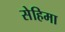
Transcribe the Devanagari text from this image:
सेहिमा